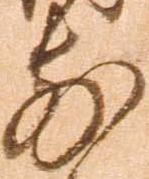
前